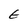
Character: E